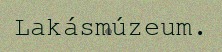
Lakásmúzeum.